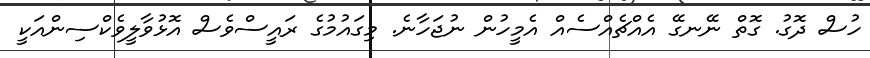
ހުސް ދޮގު. ގޮތް ނޭނގޭ އެއްޗެއްސެއް އެމީހުން ނުޖަހާނެ. މިގައުމުގެ ރައީސްވެސް އޮޅުވާލީވެކްސިންއަކީ